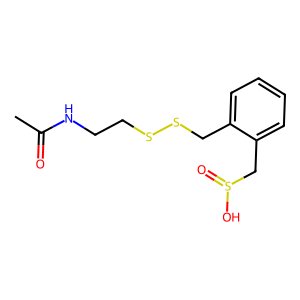
SMILES: CC(=O)NCCSSCc1ccccc1CS(=O)O
Inhibits HIV replication: No